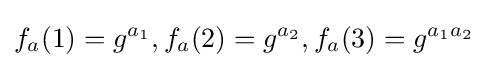
f_{a}(1)=g^{a_{1}},f_{a}(2)=g^{a_{2}},f_{a}(3)=g^{a_{1}a_{2}}